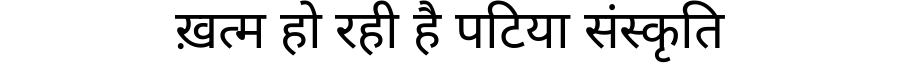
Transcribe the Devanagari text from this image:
ख़त्म हो रही है पटिया संस्कृति